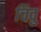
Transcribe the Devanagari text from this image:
चिवु